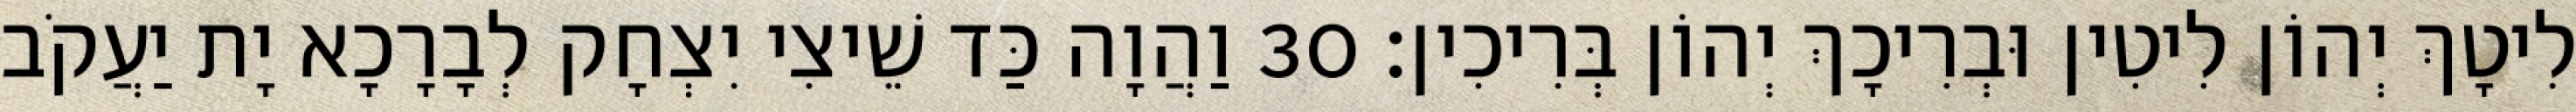
לִיטָךְ יְהוֹן לִיטִין וּבְרִיכָךְ יְהוֹן בְּרִיכִין׃ 30 וַהֲוָה כַּד שֵׁיצִי יִצְחָק לְבָרָכָא יָת יַעֲקֹב